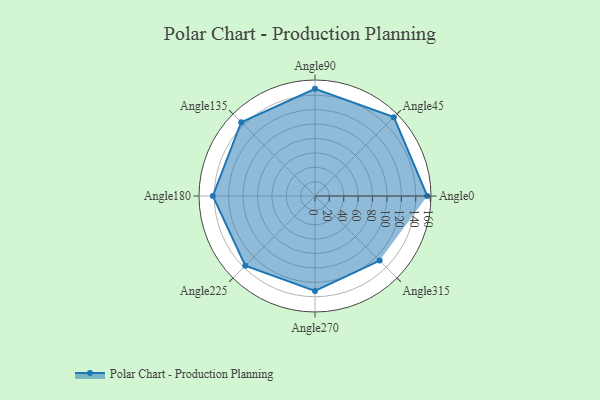
{"axis": {"x": "Angle", "y": "Radius"}, "legend": [""], "data": [{"x": "Angle0", "y": 156.0, "type": ""}, {"x": "Angle45", "y": 155.0, "type": ""}, {"x": "Angle90", "y": 149.0, "type": ""}, {"x": "Angle135", "y": 145.0, "type": ""}, {"x": "Angle180", "y": 142.0, "type": ""}, {"x": "Angle225", "y": 137.0, "type": ""}, {"x": "Angle270", "y": 132.0, "type": ""}, {"x": "Angle315", "y": 127.0, "type": ""}]}